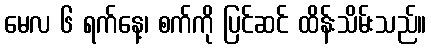
မေလ ၆ ရက်နေ့၊ စက်ကို ပြင်ဆင် ထိန်းသိမ်းသည်။